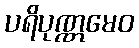
ပရိပုဏ္ဏမေဝ